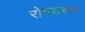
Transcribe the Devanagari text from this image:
रोमवरुन